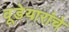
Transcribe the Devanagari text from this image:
वूडेयारांचे